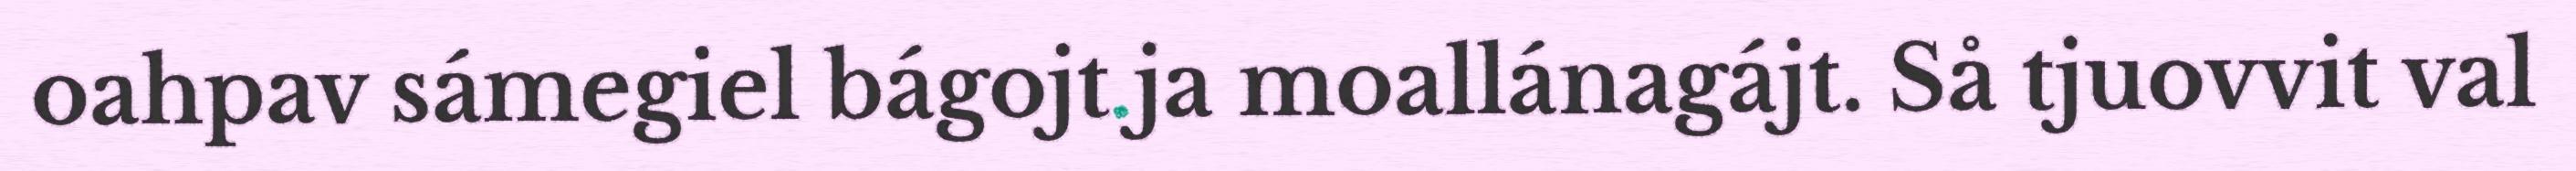
oahpav sámegiel bágojt ja moallánagájt. Så tjuovvit val